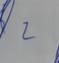
Signature authenticity: genuine